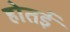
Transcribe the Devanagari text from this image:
होतई